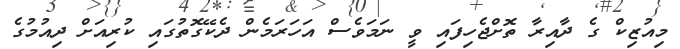
މިއުޒިކް ގެ ދާއިރާ ތޮށްޖެހިފައި ވީ ނަމަވެސް އަހަރަމެން ދެކޭގޮތުގައި ކުރިއަށް ދިއުމުގެ